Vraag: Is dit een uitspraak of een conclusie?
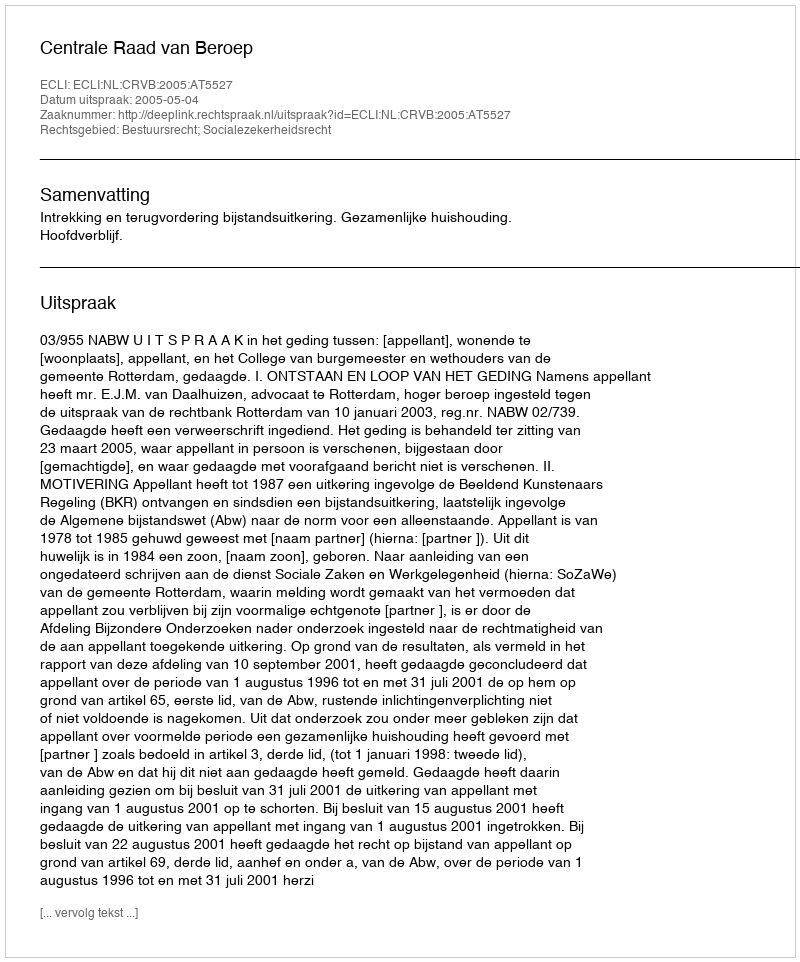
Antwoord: Uitspraak